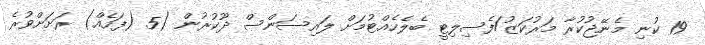
19 ކުނި މެނޭޖުކުރާ މަރުކަޒު/ފެސިލިޓީ ބެލެހެއްޓުމަށް ލައިސަންސް ދޫކުރުން (5 (ފަހެއް) ރަށަށްވުރެ